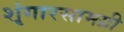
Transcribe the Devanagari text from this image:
शृंगारसामग्री